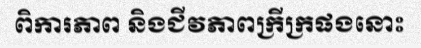
ពិការភាព និងជីវភាពក្រីក្រផងនោះ